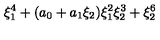
\xi _ { 1 } ^ { 4 } + ( a _ { 0 } + a _ { 1 } \xi _ { 2 } ) \xi _ { 1 } ^ { 2 } \xi _ { 2 } ^ { 3 } + \xi _ { 2 } ^ { 6 }